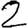
Digit: 2